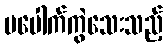
မပေါက်ကွဲသေးသည့်